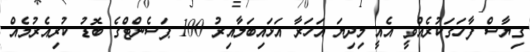
ގިޔާސް ފާހަގަކުރެއްވީ އެއީ މިދިޔަ އަހަރާ އަޅައިބަލާއިރު 100 ޕަސެންޓްގެ ބޮޑު ކުރިއެރުމެއް